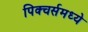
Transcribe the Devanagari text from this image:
पिक्‍चर्समध्ये